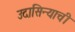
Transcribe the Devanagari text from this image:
उदासिन्याची